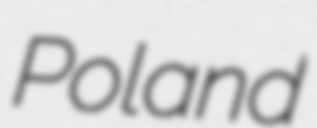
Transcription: Poland